Tezpur Lunatic Asylum reports 1877-1894 - 1877-1894
Year: 1877
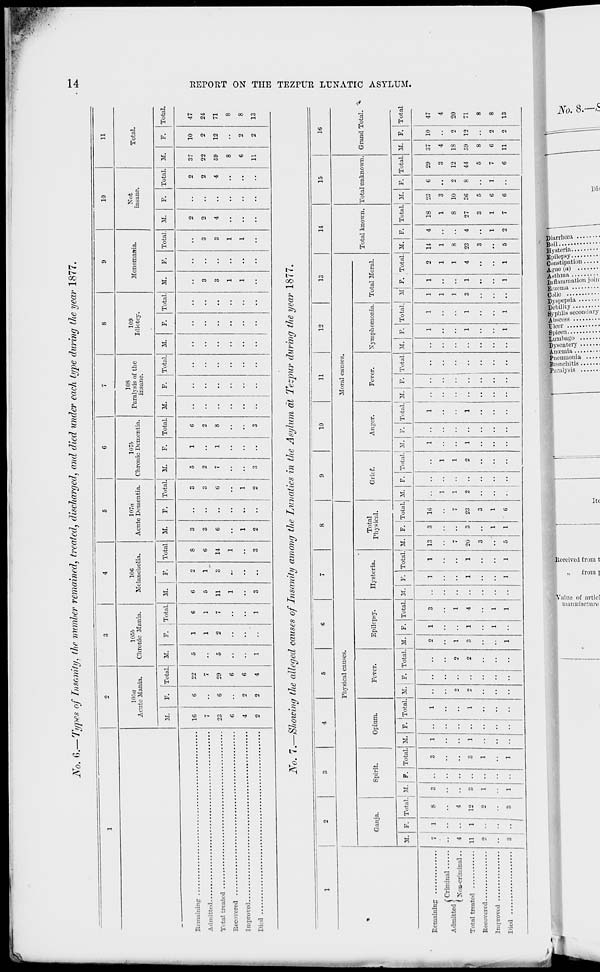
jy 0t c K Types of Insanity, the number remained, treated, discharged, and died wider each type dining the year 1877.
OM
■*-M
Remaining ..
Admitted....
T tal treated
Becovesed ..
Improved....
Died
105a
Acute Mania.
10W
Chronic 3fania.
10fi
Melancholia.
10
11
107re
Acnte Dementia.
1076
Chronic Dementia.
108
Paralysis of the
insane.
109
Idiotcy.
Monomania.
Not
insane.
Total.
31. | F. ! Total 31. I F. Total. M. I F
Total M. | F
Total. 31.
Total. | 31. | F. | Total 31.
F. | TotalJ 31. | F. | Total.| 31. | F.
16
7
23
C
4
o
6
22
7
6
29
• •
G
2
6
o
4
c
5
11
1
8
6
14
1
3
3
6
1
2
Total.! 31. | F. | Total
37
22
59
8
6
11
10
2
12
2
2
47
24
71
8
8
13
jVo. 7. Showing the alleged causes of Insanity among the Lunatics in the Asylum at Tezpur during the year 1877.
1
2
3
4
5
6
7
8
9
10
11
12
13
14
15
16
Phvsical causes.
Moral causes.
Total known. Total unknown.
*
Ganja.
Spirit.
Opium.
Fever.
Epilepsy.
Ilysteria.
Total
Physical.
Grief.
Anger.
Fever.
Xympliomonia. Total Moral.
Grand Total.
31. F. Total.; 31. j P. Total. 31. F.
1
j Total. 31. j F. Total.
!*•
F. Total. 3f. V. Total.' 31.
1
i
F. Total. M. F. Total. M.
1
F. Total. M. F. Total. 31. F. Total. M F. Total. M. F. Total. 3L F. Total. M. F. Total
7
4
11
2
3
,! .
3
3
1
1
••
3
3
1
1
1
1
1
1
|
2 ••
o
2
2
1
3
1
1
1
1
3
1
4
1
1
1
1
1
1
1
1
13
7
20
3
5
3
1
1
lti
7
23
3
1
G
1
1
2
1
1
2
1
1
1
1
1
1
1
1
1
1
1
1
1
3
1
1
1
2
1
1
4
1
14
1
8
23
3
5
4
4
1
2
18
1
8
27
3
1
7
23
3
10
36
5
6
G
6
2
8
1
29
3
12
44
5
7
6
37
4
18
59
8
6
11
10
2
12
2
2
47
Admitted }
( Xon-criminal..
I
4
12
2
3
4
20
71
8
8
13
Improved
Died
1
bd
@
o
(-3
O
t-3
N
f
a
521
>
I—I
O
>
CO
CC
\